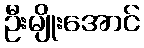
ဦးမျိုးအောင်